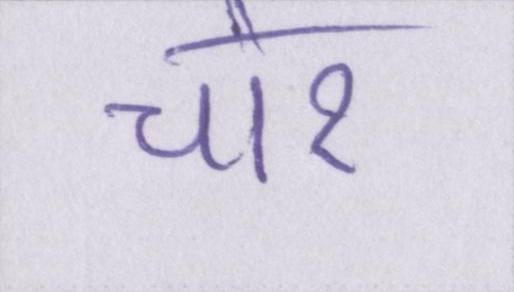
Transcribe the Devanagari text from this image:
चोर